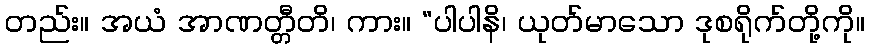
တည်း။ အယံ အာဏတ္တီတိ၊ ကား။ “ပါပါနိ၊ ယုတ်မာသော ဒုစရိုက်တို့ကို။